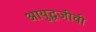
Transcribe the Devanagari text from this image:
आयुद्धजीवी